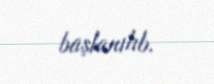
başlanılıb.